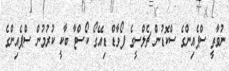
ނުވާތީ ސްޕެއިންގެ ސްކޮޑުން ޗެލްސީގެ ފޯވާޑް ޑިއޭގޯ ކޯސްޓާ ބާކީ ކުރުމުން ސްޕެއިންގެ